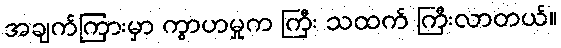
အချက်ကြားမှာ ကွာဟမှုက ကြီး သထက် ကြီးလာတယ်။